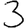
Digit: 3